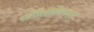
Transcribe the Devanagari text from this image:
स्पॅनिशांविरुद्ध